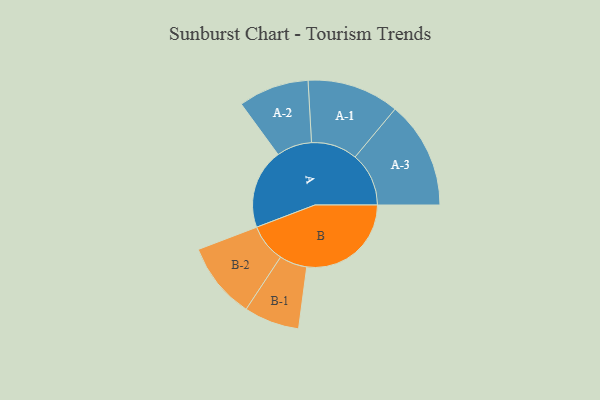
{"axis": {"x": "Segment", "y": "Value"}, "legend": ["", "A", "B"], "data": [{"x": "A", "y": 326, "type": ""}, {"x": "B", "y": 426, "type": ""}, {"x": "A-1", "y": 188, "type": "A"}, {"x": "A-2", "y": 144, "type": "A"}, {"x": "A-3", "y": 219, "type": "A"}, {"x": "B-1", "y": 113, "type": "B"}, {"x": "B-2", "y": 156, "type": "B"}]}